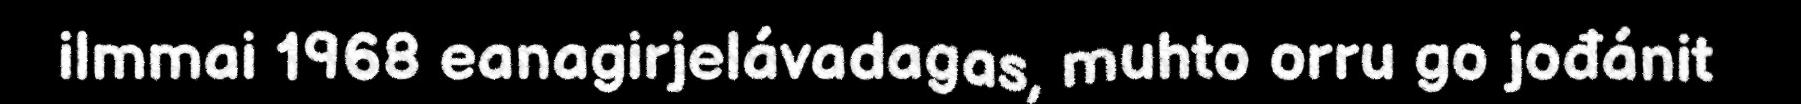
ilmmai 1968 eanagirjelávadagas, muhto orru go jođánit